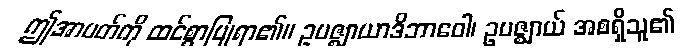
ဤအာပတ်ကို ထင်စွာပြုရာ၏။ ဥပဇ္ဈာယာဒိဘာဝေါ၊ ဥပဇ္ဈာယ် အစရှိသူ၏